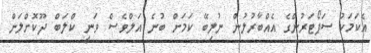
އެކަމަކު ސަޕޯޓަރުންގެ އެއްބާރުލުން ނުލިބޭ ކަމަށް ބުނެ އަލްވެސް ވަނީ ކްލަބް ދޫކޮށްލަން